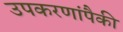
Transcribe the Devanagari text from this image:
उपकरणांपैकी